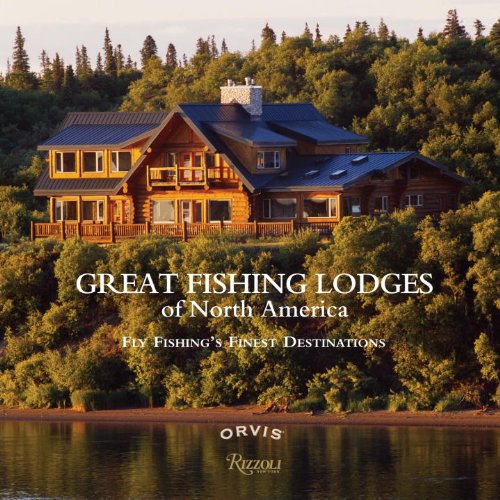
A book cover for Great Fishing Lodges of North America: Fly Fishing's Finest Destinations; Paul Fersen; Travel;